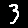
Digit: 3